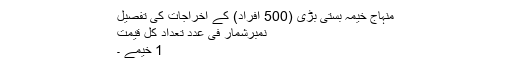
منہاج خیمہ بستی بڑی (500 افراد) کے اخراجات کی تفصیل
نمبرشمار فی عدد تعداد کل قیمت
1 خیمے ۔